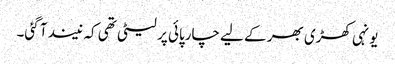
یونہی کھڑی بھر کے لیے چارپائی پر لیٹی تھی کہ نیند آ گئی۔